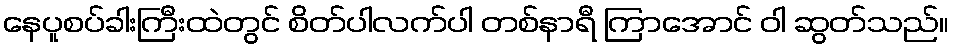
နေပူစပ်ခါးကြီးထဲတွင် စိတ်ပါလက်ပါ တစ်နာရီ ကြာအောင် ဝါ ဆွတ်သည်။